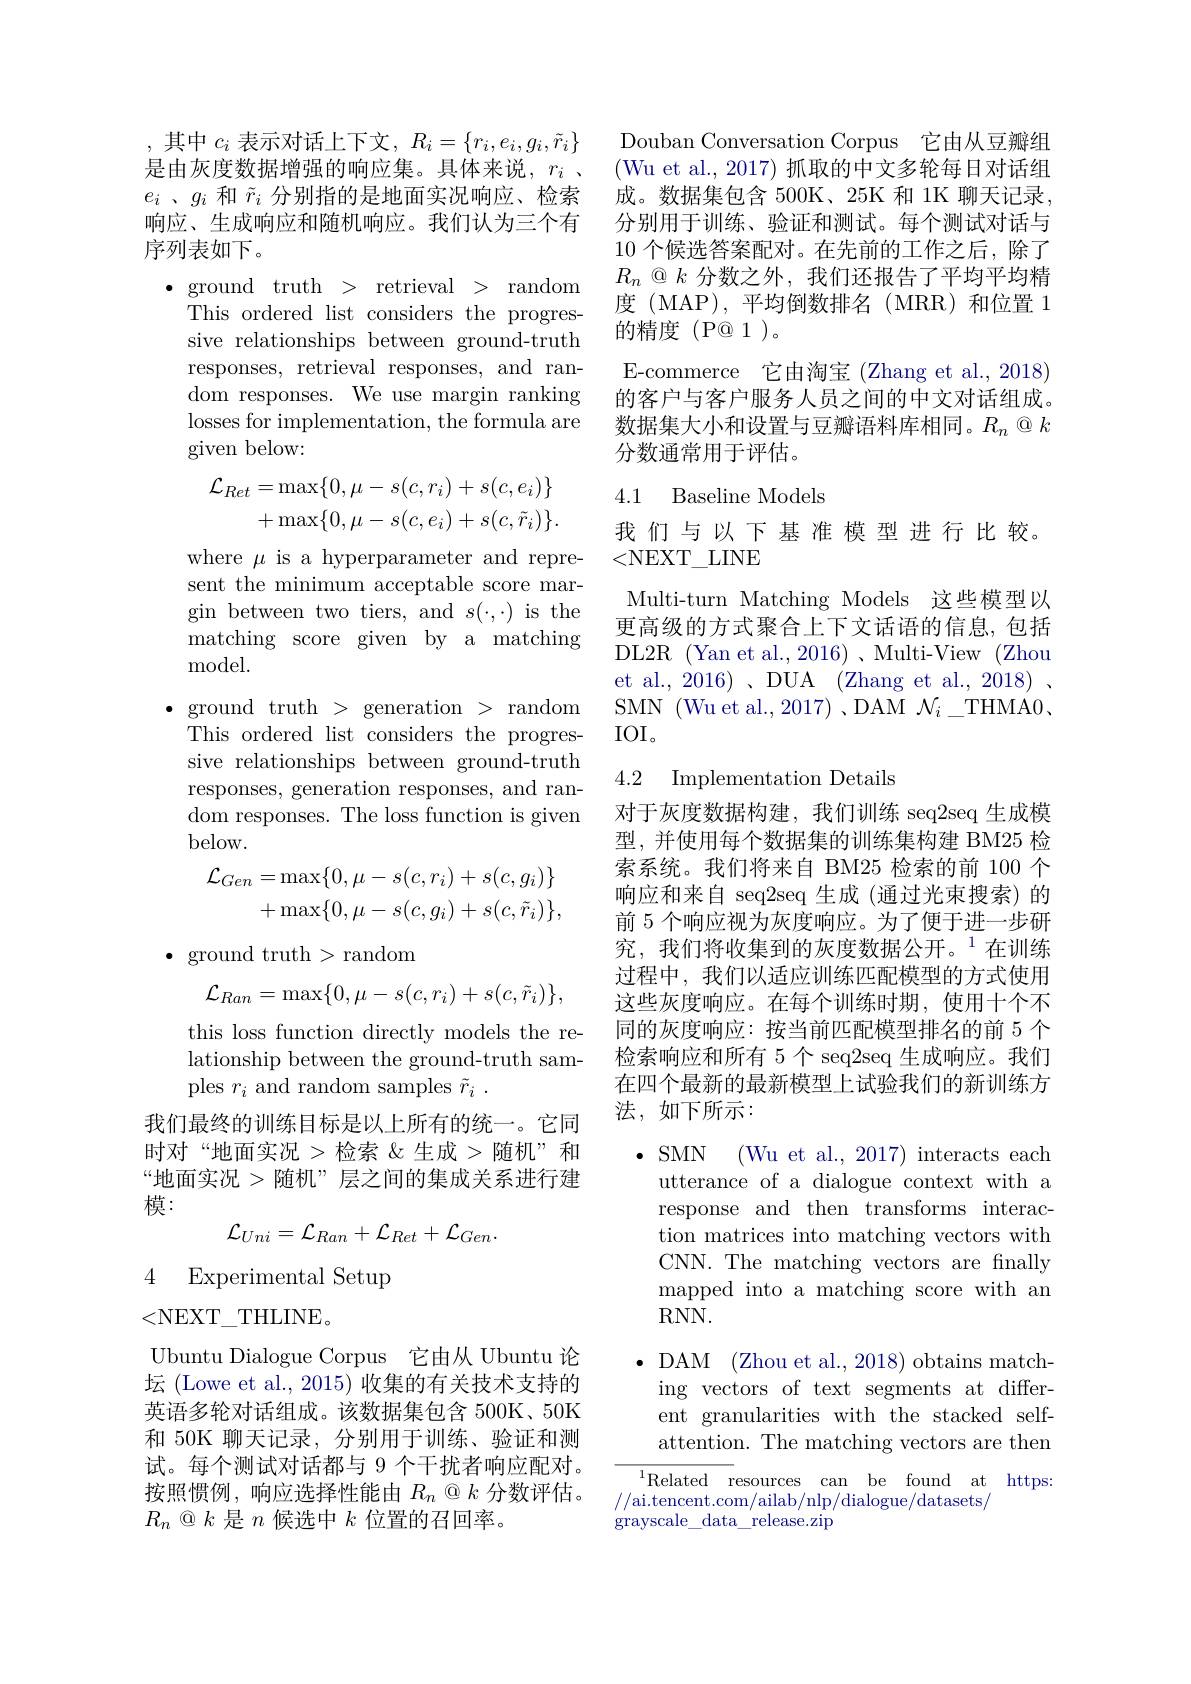
,其中$c_i$表示对话上下文，$R_i= \{ r_i, e_i, g_i, \tilde{r} _i\}$ 是由灰度数据增强的响应集。具体来说，$r_i$ 、 $e_i$ 、$g_i$和$\tilde{r}_i$分别指的是地面实况响应、检索响应、生成响应和随机响应。我们认为三个有序列表如下。

$\bullet$ ground truth > retrieval > random
This ordered list considers the progressive relationships between ground-truth responses, retrieval responses, and random responses. We use margin ranking losses for implementation, the formula are given below:
$$\begin{aligned}\mathcal{L}_{Ret}&=\max\{0,\mu-s(c,r_{i})+s(c,e_{i})\}\\&+\max\{0,\mu-s(c,e_{i})+s(c,\tilde{r}_{i})\}.\end{aligned}$$
where $\mu$ is a hyperparameter and represent the minimum acceptable score margin between two tiers, and $s(\cdot,\cdot)$ is the matching score given by a matching ${\mathrm{model}}.$
$\bullet$ ground truth > generation > random
This ordered list considers the progressive relationships between ground-truth responses, generation responses, and random responses. The loss function is given $below.$
$$\begin{aligned}\mathcal{L}_{Gen}&=\max\{0,\mu-s(c,r_{i})+s(c,g_{i})\}\\&+\max\{0,\mu-s(c,g_{i})+s(c,\tilde{r}_{i})\},\end{aligned}$$
$\bullet$ ground truth>random
$$\mathcal{L}_{Ran}=\max\{0,\mu-s(c,r_i)+s(c,\tilde{r}_i)\},$$
this loss function directly models the re-

lationship between the ground-truth sam-

ples $r_i$ and random samples $\tilde{r}_i.$

我们最终的训练目标是以上所有的统一。它同

时对“地面实况>检索《生成>随机”和

“地面实况 > 随机”层之间的集成关系进行建

模：
$$\mathcal{L}_{Uni}=\mathcal{L}_{Ran}+\mathcal{L}_{Ret}+\mathcal{L}_{Gen}.$$
4 Experimental Setup

<NEXT\_THLINE。
Ubuntu Dialogue Corpus 它由从 Ubuntu 论坛 (Lowe et al., 2015) 收集的有关技术支持的英语多轮对话组成。该数据集包含 500K、50K 和 50K 聊天记录，分别用于训练、验证和测试。每个测试对话都与 9 个干扰者响应配对。按照惯例，响应选择性能由$R_n\otimes k$分数评估。$R_{n}\otimes k$是$n$候选中$k$位置的召回率。

Douban Conversation Corpus 它由从豆瓣组(Wu et al., 2017) 抓取的中文多轮每日对话组成。数据集包含 500K、25K 和 1K 聊天记录， 分别用于训练、验证和测试。每个测试对话与10 个候选答案配对。在先前的工作之后，除了$R_n\textcircled {\mathbb{Q}}k$分数之外，我们还报告了平均平均精度 (MAP),平均倒数排名(MRR)和位置 1的精度(P@1)。
E-commerce 它由淘宝 (Zhang et al., 2018) 的客户与客户服务人员之间的中文对话组成。数据集大小和设置与豆瓣语料库相同。$R_n\otimes k$ 分数通常用于评估。

### 4.1 Baseline Models

我们与以下基准模型进行比较。
<NEXT\_LINE

Multi-turn Matching Models 这些模型以更高级的方式聚合上下文话语的信息，包括DL2R (Yan et al., 2016) 、Multi-View (Zhou et al., 2016)、DUA (Zhang et al., 2018) . SMN (Wu et al., 2017) , DAM $\mathcal{N}_i\_$THMA0$、$ IOI。

## 4.2 Implementation Details

对于灰度数据构建，我们训练 seq2seq 生成模型，并使用每个数据集的训练集构建 BM25 检索系统。我们将来自 BM25 检索的前 100 个响应和来自 seq2seq 生成 (通过光束搜索) 的前 5 个响应视为灰度响应。为了便于进一步研究，我们将收集到的灰度数据公开。$^{1}$在训练过程中，我们以适应训练匹配模型的方式使用这些灰度响应。在每个训练时期，使用十个不同的灰度响应：按当前匹配模型排名的前 5 个检索响应和所有 5 个 seq2seq 生成响应。我们在四个最新的最新模型上试验我们的新训练方法，如下所示：

$\bullet$ SMN (Wu et al., 2017) interacts each
utterance of a dialogue context with a response and then transforms interaction matrices into matching vectors with CNN. The matching vectors are fnally mapped into a matching score with an RNN.
$\bullet$ DAM (Zhou et al., 2018) obtains match-
ing vectors of text segments at different granularities with the stacked selfattention. The matching vectors are then

$^{1}$Related resources canbe found at https:
//ai.tencent.com/ailab/nlp/dialogue/datasets/
grayscale$\_$data$\_$release. zip